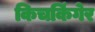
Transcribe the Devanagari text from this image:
किचकिंगेर